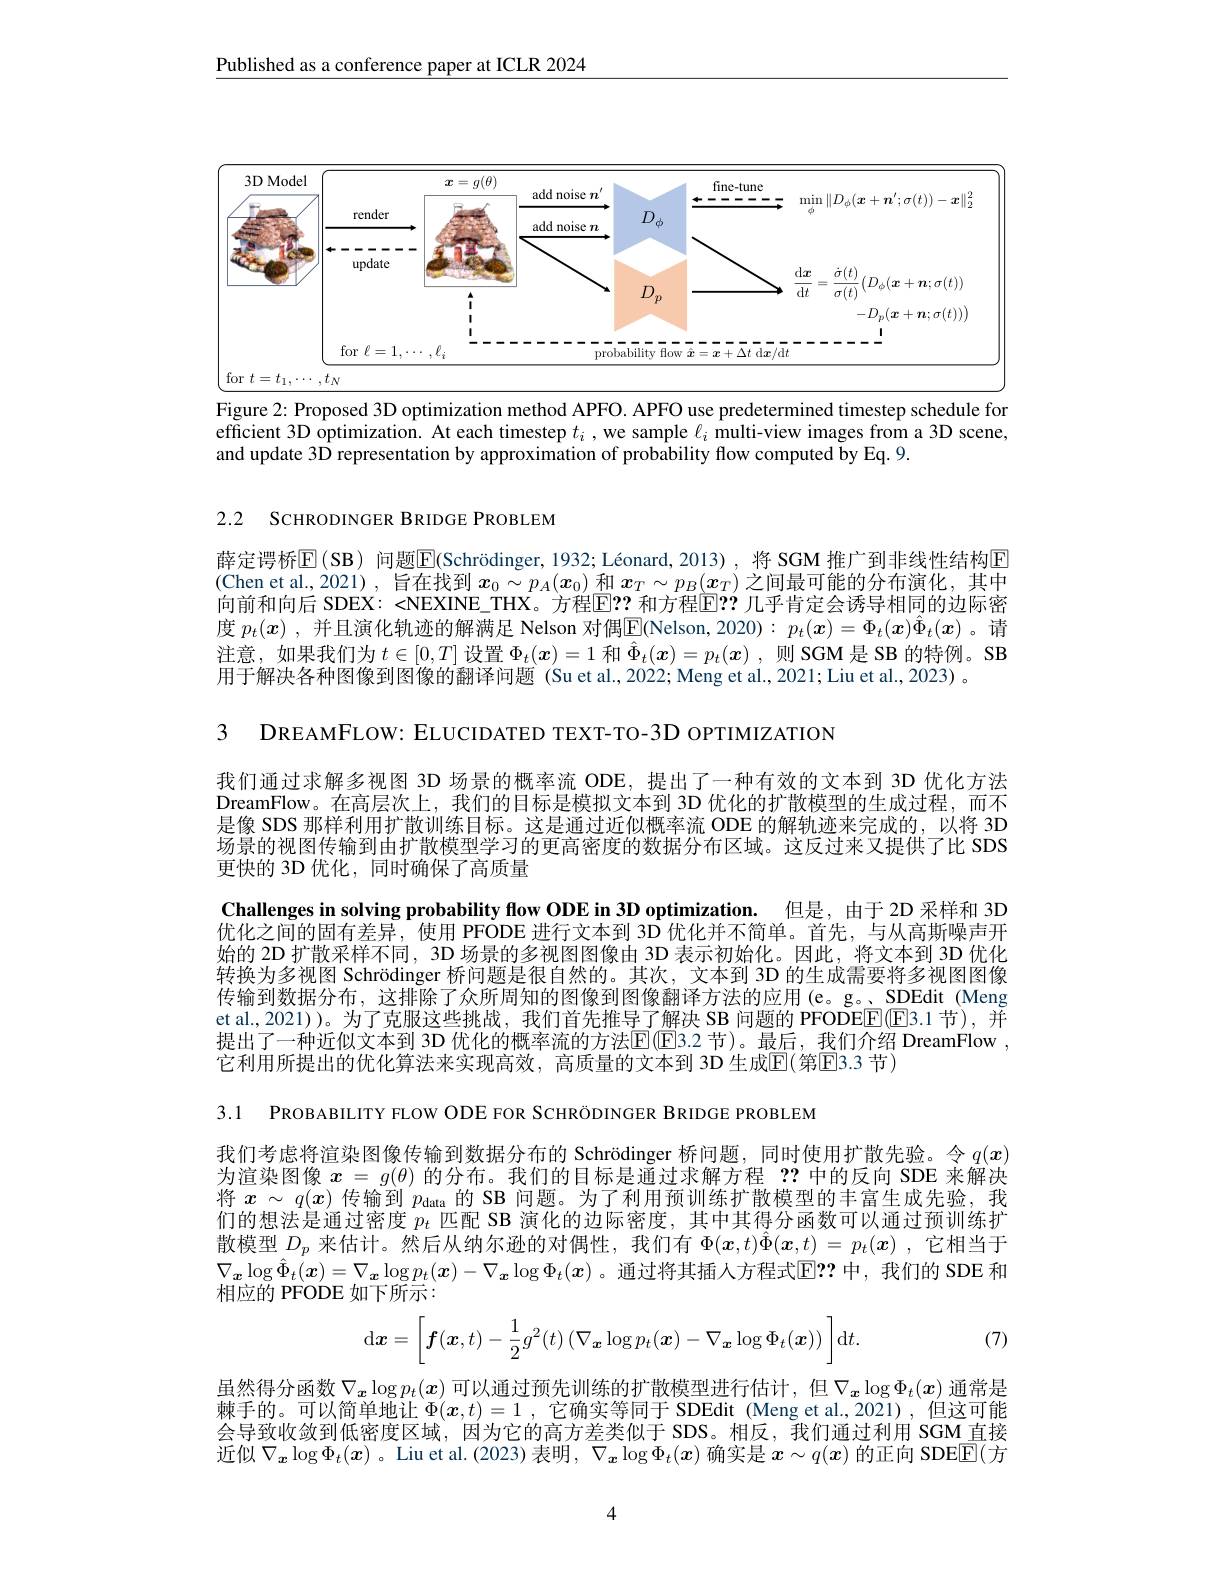
Published as a conference paper at ICLR 2024

<FigureHere>

Figure 2: Proposed 3D optimization method APFO. APFO use predetermined timestep schedule for efficient 3D optimization. At each timestep $t_i$ ,we sample $\ell_i$ multi-view images from a 3D scene, and update 3D representation by approximation of probability flow computed by Eq. 9.

2.2 SCHRODINGER BRIDGE PROBLEM

薛定谔桥$\operatorname{E}(\operatorname{SB})$ 问题$\boxed{\mathrm{E}}(\operatorname{Schr\"{o}dinger,1932;L\'{e}onard,2013})$, 将 SGM 推广到非线性结构$\operatorname{E}$

(Chen et al.,2021),旨在找到$x_0\sim p_A(x_0)$和$\boldsymbol{x}_T\sim p_B(\boldsymbol{x}_T)$之间最可能的分布演化，其中

向前和向后 SDEX: <NEXINE\_THX。方程$\overline{\mathrm{E}}$F? 和方程$\overline{\mathrm{E}}$P? 几乎肯定会诱导相同的边际密

度 $p_t(x)$ ,并且演化轨迹的解满足 Nelson 对偶$\underline{\underline{\mathrm{E}}}($Nelson, 2020) : $p_t(\boldsymbol{x})=\Phi_t(\boldsymbol{x})\hat{\Phi}_t(\boldsymbol{x})$ 。请

注意，如果我们为$t\in[0,T]$设置$\Phi_t(x)=1$和$\hat{\Phi}_t(x)=p_t(x)$ ,则 SGM 是 SB 的特例。SB

用于解决各种图像到图像的翻译问题 (Su et al.,2022; Meng et al.,2021; Liu et al., 2023) 。

3 DREAMFLOW: ELUCIDATED TEXT-TO-3D OPTIMIZATION

我们通过求解多视图 3D 场景的概率流 ODE, 提出了一种有效的文本到 3D 优化方法DreamFlow。在高层次上，我们的目标是模拟文本到 3D 优化的扩散模型的生成过程，而不是像 SDS 那样利用扩散训练目标。这是通过近似概率流 ODE 的解轨迹来完成的，以将 3D 场景的视图传输到由扩散模型学习的更高密度的数据分布区域。这反过来又提供了比 SDS 更快的 3D 优化，同时确保了高质量
Challenges in solving probability flow ODE in 3D optimization. 但是，由于 2D 采样和 3D 优化之间的固有差异，使用 PFODE 进行文本到 3D 优化并不简单。首先，与从高斯噪声开始的 2D 扩散采样不同 , 3D 场景的多视图图像由 3D 表示初始化。因此，将文本到 3D 优化转换为多视图 Schrödinger 桥问题是很自然的。其次，文本到 3D 的生成需要将多视图图像传输到数据分布，这排除了众所周知的图像到图像翻译方法的应用(e。g。SDEdit (Meng et al., 2021))。为了克服这些挑战，我们首先推导了解决 SB 问题的 PFODEE(E3.1 节), 并提出了一种近似文本到 3D 优化的概率流的方法$\operatorname{E}(\operatorname{E}$3.2 节)。最后，我们介绍 DreamFlow , 它利用所提出的优化算法来实现高效，高质量的文本到 3D 生成$\mathbb{E}($第$\mathbb{E}$3.3 节)

3.1 PROBABILITY FLOW ODE FOR SCHRÖDINGER BRIDGE PROBLEM

我们考虑将渲染图像传输到数据分布的 Schrödinger 桥问题，同时使用扩散先验。令$q(x)$ 为渲染图像$x=g(\theta)$的分布。我们的目标是通过求解方程？?中的反向 SDE 来解决将$x\sim q(x)$传输到$p_\text{data 的 SB 问题。为了利用预训练扩散模型的丰富生成先验，我100年19月20日本人口密度19年19月19日本的一个人口密度19年19月19日本的一个个个个人口密度19年19月19日本的}$ 们的想法是通过密度$p_t$匹配 SB 演化的边际密度，其中其得分函数可以通过预训练扩散模型$D_p$ 来估计。然后从纳尔逊的对偶性，我们有 $\Phi(\boldsymbol{x},t)\ddot{\Phi}(\boldsymbol{x},t)=p_t(\boldsymbol{x})$ ,它相当于$\nabla_{\boldsymbol{x}}\log\hat{\Phi}_t(\boldsymbol{x})=\nabla_{\boldsymbol{x}}\log p_t(\boldsymbol{x})-\nabla_{\boldsymbol{x}}\log\Phi_t(\boldsymbol{x})$ 。通过将其插人方程式回？? 中，我们的 SDE 和相应的 PFODE 如下所示：
$$\mathrm{d}\boldsymbol{x}=\left[\boldsymbol{f}(\boldsymbol{x},t)-\frac{1}{2}g^2(t)\left(\nabla_{\boldsymbol{x}}\log p_t(\boldsymbol{x})-\nabla_{\boldsymbol{x}}\log\Phi_t(\boldsymbol{x})\right)\right]\mathrm{d}t.$$
(7)

虽然得分函数$\nabla_{\boldsymbol{x}}\log p_t(\boldsymbol{x})$ 可以通过预先训练的扩散模型进行估计，但$\nabla_{\boldsymbol{x}}\log\Phi_t(\boldsymbol{x})$ 通常是棘手的。可以简单地让$\Phi ( \boldsymbol{x}, t) = 1$ , 它确实等同于 SDEdit (Meng et al.,2021),但这可能会导致收敛到低密度区域，因为它的高方差类似于 SDS。相反，我们通过利用 SGM 直接近似$\nabla_{\boldsymbol{x}}\log\Phi_t(\boldsymbol{x})$ 。Liu et al. (2023) 表明，$\nabla_{\boldsymbol{x}}\log\Phi_t(\boldsymbol{x})$ 确实是 $x\sim q(\boldsymbol{x})$ 的正向 SDE$\overline{\mathbb{E}}($方

4